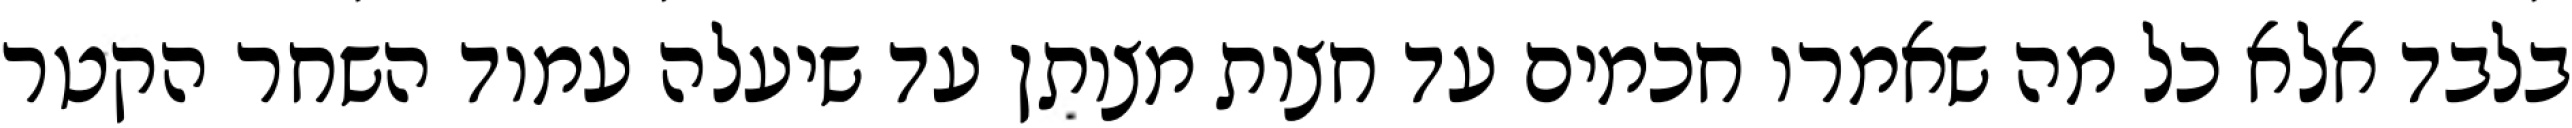
בלבד אלא כל מה שאמרו חכמים עד חצות מצותן עד שיעלה עמוד השחר הקטר